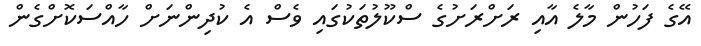
އޭގެ ފަހުން މާލެ އާއި ރަށްރަށުގެ ސްކޫލުތަކުގައި ވެސް އެ ކުދިންނަށް ހާއްސަކޮށްގެން